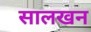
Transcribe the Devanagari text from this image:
सालखन